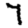
Digit: 7